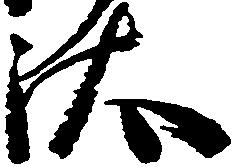
汰